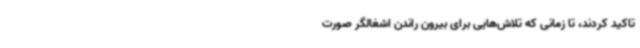
تاکید کردند، تا زمانی که تلاش‌هایی برای بیرون راندن اشغالگر صورت